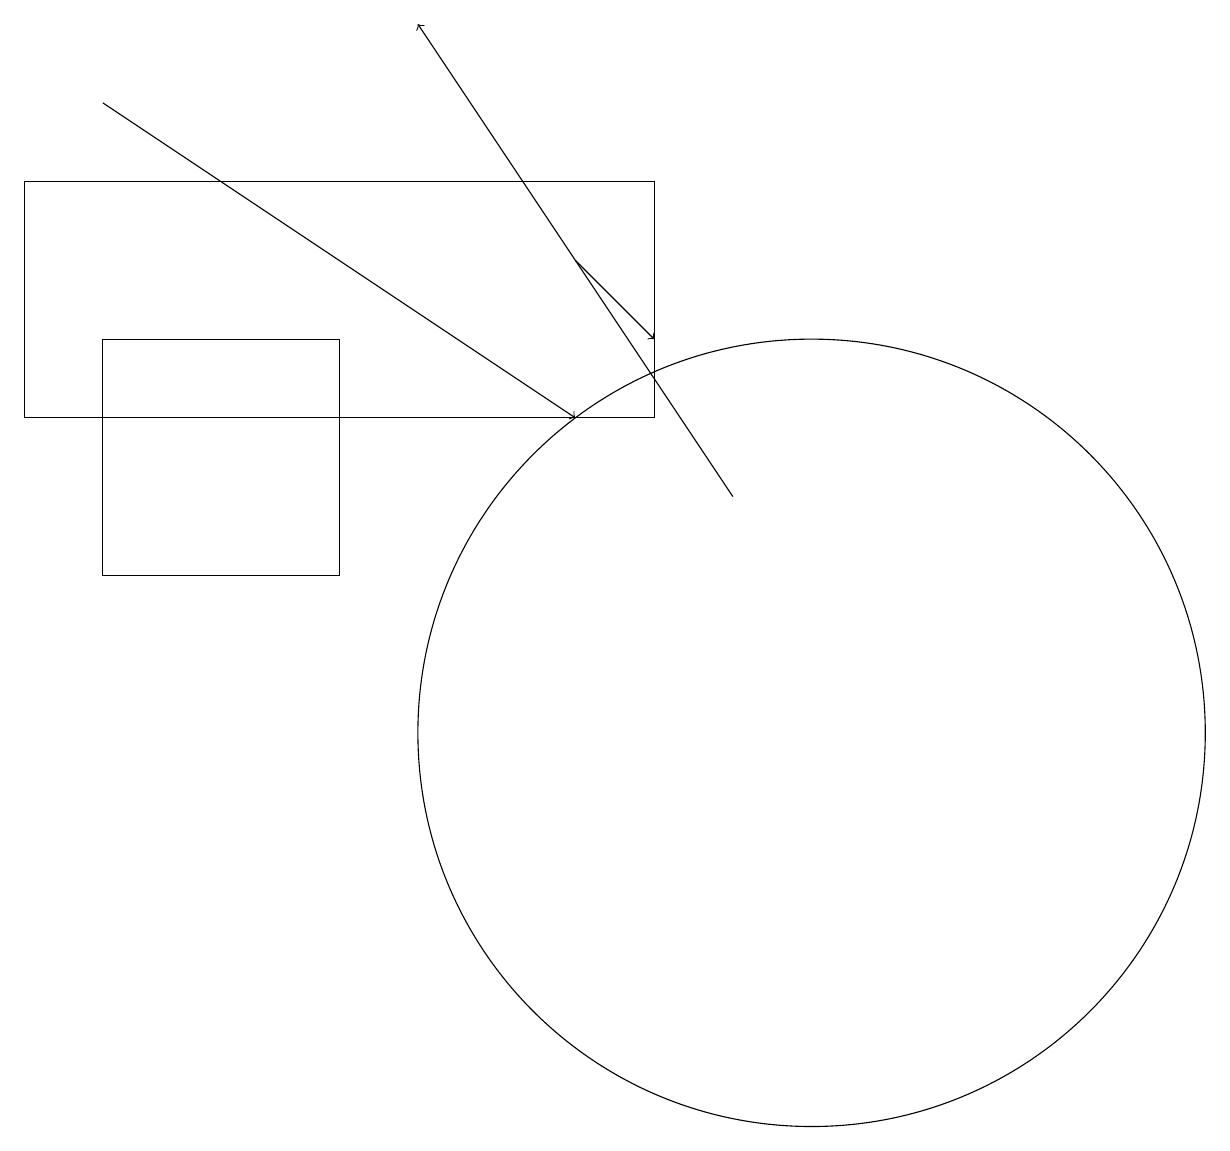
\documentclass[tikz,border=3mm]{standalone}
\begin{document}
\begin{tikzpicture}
\draw (10,10) circle (5);
\draw[->] (9,13) -- (5,19);
\draw (1,15) rectangle (4,12);
\draw[->] (1,18) -- (7,14);
\draw (8,17) rectangle (0,14);
\draw[->] (7,16) -- (8,15);
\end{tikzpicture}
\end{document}